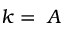
k = ~ A